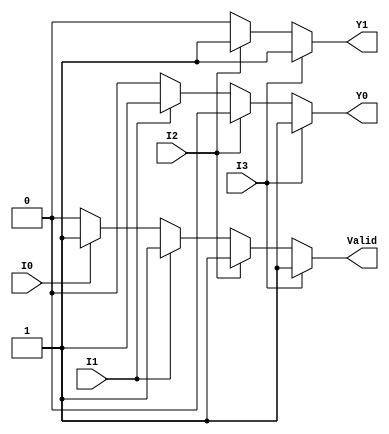
module priority_encoder_4to2 (
    input wire I3,  // Highest priority input
    input wire I2,
    input wire I1,
    input wire I0,  // Lowest priority input
    output reg Y1,  // Output bit 1
    output reg Y0,  // Output bit 0
    output reg Valid // Valid signal
);

always @(*) begin
    // Default values
    Y1 = 0;
    Y0 = 0;
    Valid = 0;

    // Priority encoding logic
    if (I3) begin
        Y1 = 1;
        Y0 = 1;
        Valid = 1;
    end else if (I2) begin
        Y1 = 1;
        Y0 = 0;
        Valid = 1;
    end else if (I1) begin
        Y1 = 0;
        Y0 = 1;
        Valid = 1;
    end else if (I0) begin
        Y1 = 0;
        Y0 = 0;
        Valid = 1;
    end else begin
        // All inputs are inactive
        Valid = 0;
    end
end

endmodule